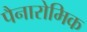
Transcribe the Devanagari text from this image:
पैनारोमिक